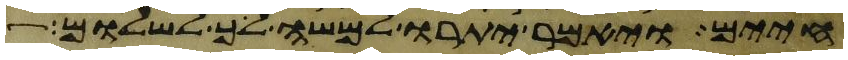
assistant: חיים ויאמר יתרו למשה לך לשלום